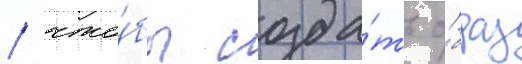
/ что́бы созда́ть о́браз